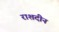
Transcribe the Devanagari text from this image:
राशदीन